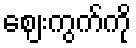
ဈေးကွက်ကို